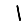
Digit: 1